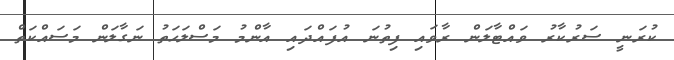
ކުރަނީ ސަރުކާރު ވައްޓާލަން ރާވައި ފިތުނަ އުފައްދައި އާންމު މަސްލަހަތު ނަގާލަން މަސައްކަތް